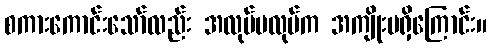
စကားကောင်းသော်လည်း အလုပ်မလုပ်က အကျိုးမရှိကြောင်း။